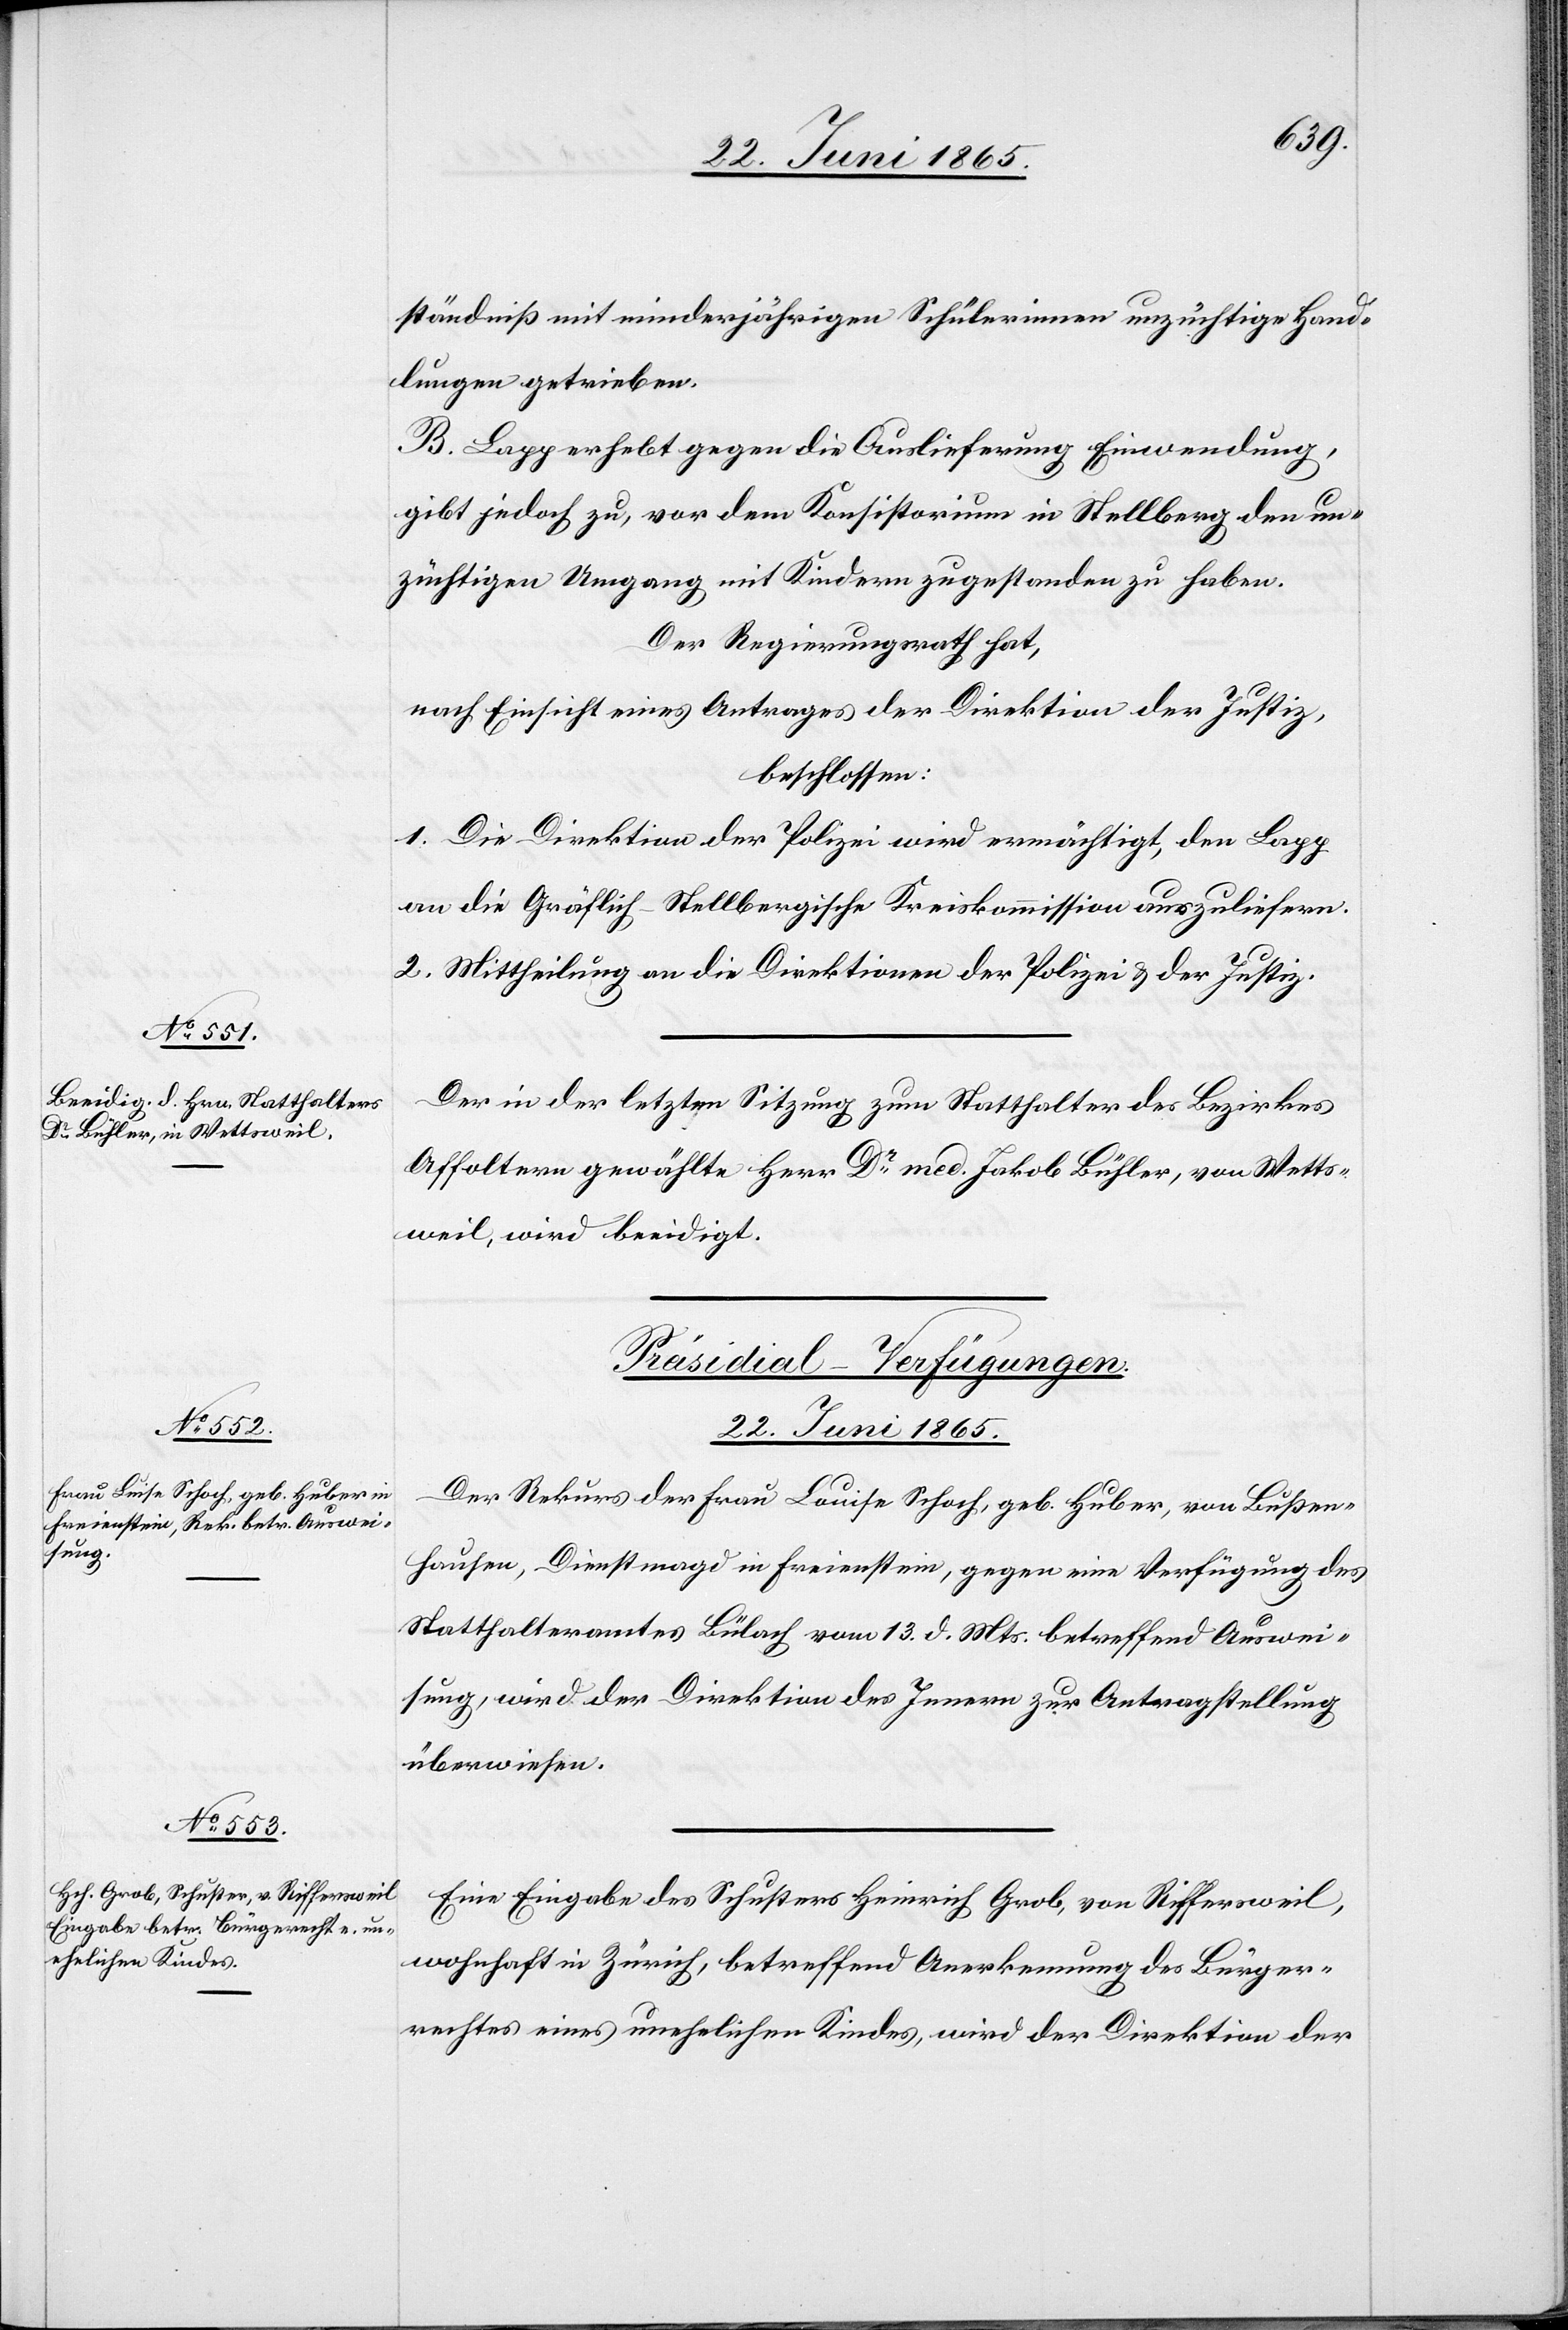
städniß mit minderjährigen Schülerinnen unzüchtige Hand¬
lungen getrieben.
B. Lapp erhebt gegen die Auslieferung Einwendung,
gibt jedoch zu, vor dem Konsistorium in Stellberg den un¬
züchtigen Umgang mit Kindern zugestanden zu haben.
Der Regierungsrath hat,
nach Einsicht eines Antrages der Direktion der Justiz,
beschlossen:
1. Die Direktion der Polizei wird ermächtigt, den Lapp
an die Gräflich-Stellbergische Kreiskommission auszuliefern.
2. Mittheilung an die Direktionen der Polizei & der Justiz.
Der in der letzten Sitzung zum Statthalter des Bezirkes
Affoltern gewählte Herr Dr med. Jakob Bühler, von Wetts¬
weil, wird beeidigt.
[Präsidial-Verfügungen.
22. Juni 1865.]
Der Rekurs der Frau Louise Schoch, geb. Huber, von Bußen¬
hausen, Dienstmagd in Freienstein, gegen eine Verfügung des
Statthalteramtes Bülach vom 13. d. Mts. betreffend Auswei¬
sung, wird der Direktion des Innern zur Antragstellung
überwiesen.
Eine Eingabe des Schusters Heinrich Grob, von Riffersweil,
wohnhaft in Zürich, betreffend Anerkennung des Bürger¬
rechtes eines unehelichen Kindes, wird der Direktion der